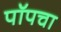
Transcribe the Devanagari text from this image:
पॉपचा